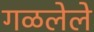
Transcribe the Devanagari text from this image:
गळलेले